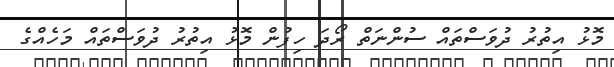
މޮޅު އިތުރު ދުވަސްތައް ސުންނަތް ރޯދަ ހިފުން މޮޅު އިތުރު ދުވަސްތައް މަހެއްގެ